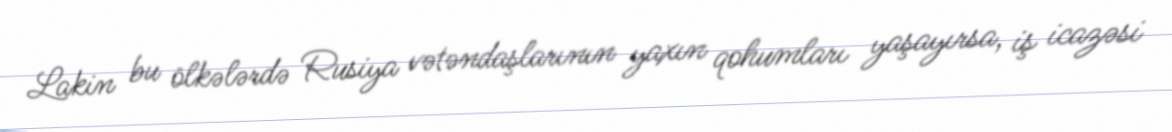
Lakin bu ölkələrdə Rusiya vətəndaşlarının yaxın qohumları yaşayırsa, iş icazəsi